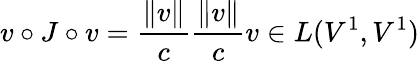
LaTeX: v\circ J\circ v=\frac{\| v\| }{c}\frac{\| v\| }{c}v\in L(V^{1},V^{1})